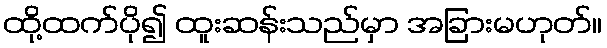
ထို့ထက်ပို၍ ထူးဆန်းသည်မှာ အခြားမဟုတ်။